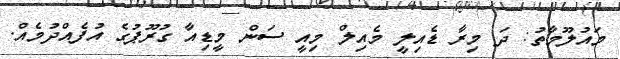
މައުލޫމާތު: ދަ މިރާ ޑެއިލީ މެއިލް މިއީ ސަން މީޑިއާ ގުރޫޕުގެ އުފެއްދުމެއް.